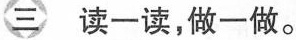
∈读一读，做一做。